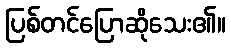
ပြစ်တင်ပြောဆိုသေး၏။